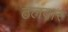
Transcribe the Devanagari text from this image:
ठलवार